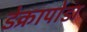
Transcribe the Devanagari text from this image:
डेक्रापोडा